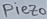
Text: Piezo